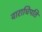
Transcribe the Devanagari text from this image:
वाराधिपति